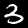
Digit: 3